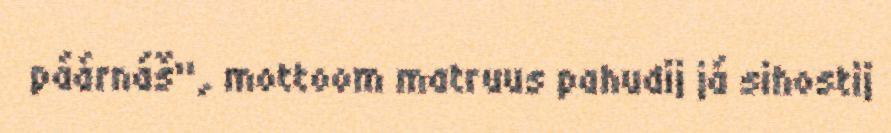
páárnáš", mottoom matruus pahudij já sihostij